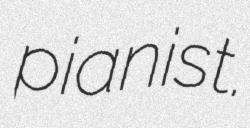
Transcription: pianist.